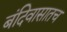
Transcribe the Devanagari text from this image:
बंदिवासातच